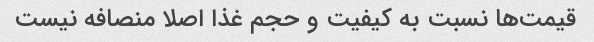
قیمت‌ها نسبت به کیفیت و حجم غذا اصلا منصافه نیست